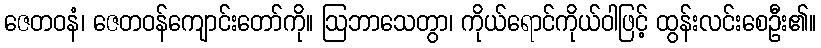
ဇေတဝနံ၊ ဇေတဝန်ကျောင်းတော်ကို။ ဩဘာသေတွာ၊ ကိုယ်ရောင်ကိုယ်ဝါဖြင့် ထွန်းလင်းစေဦး၏။